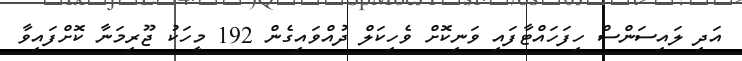
އަދި ލައިސަންސް ހިފަހައްޓާފައި ވަނިކޮށް ވެހިކަލް ދުއްވައިގެން 192 މީހަކު ޖޫރިމަނާ ކޮށްފައިވާ